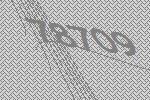
78709